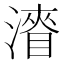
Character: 𭲛